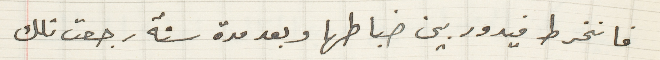
فانخرط فيدور بين ضباطها وبعد مدة سنة رجعت تلك